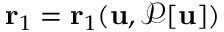
\mathbf { r } _ { 1 } = \mathbf { r } _ { 1 } ( \mathbf { u } , \mathcal { P } [ \mathbf { u } ] )